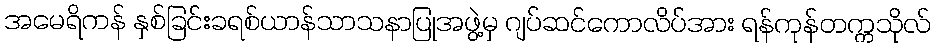
အမေရိကန် နှစ်ခြင်းခရစ်ယာန်သာသနာပြုအဖွဲ့မှ ဂျပ်ဆင်ကောလိပ်အား ရန်ကုန်တက္ကသိုလ်